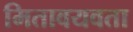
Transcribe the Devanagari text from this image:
मितावयवता